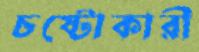
চষ্টোকারী